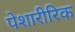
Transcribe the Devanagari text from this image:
पेशारीरिक